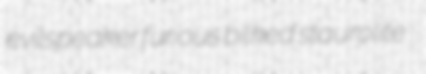
evilspeaker furious bilked staurolite